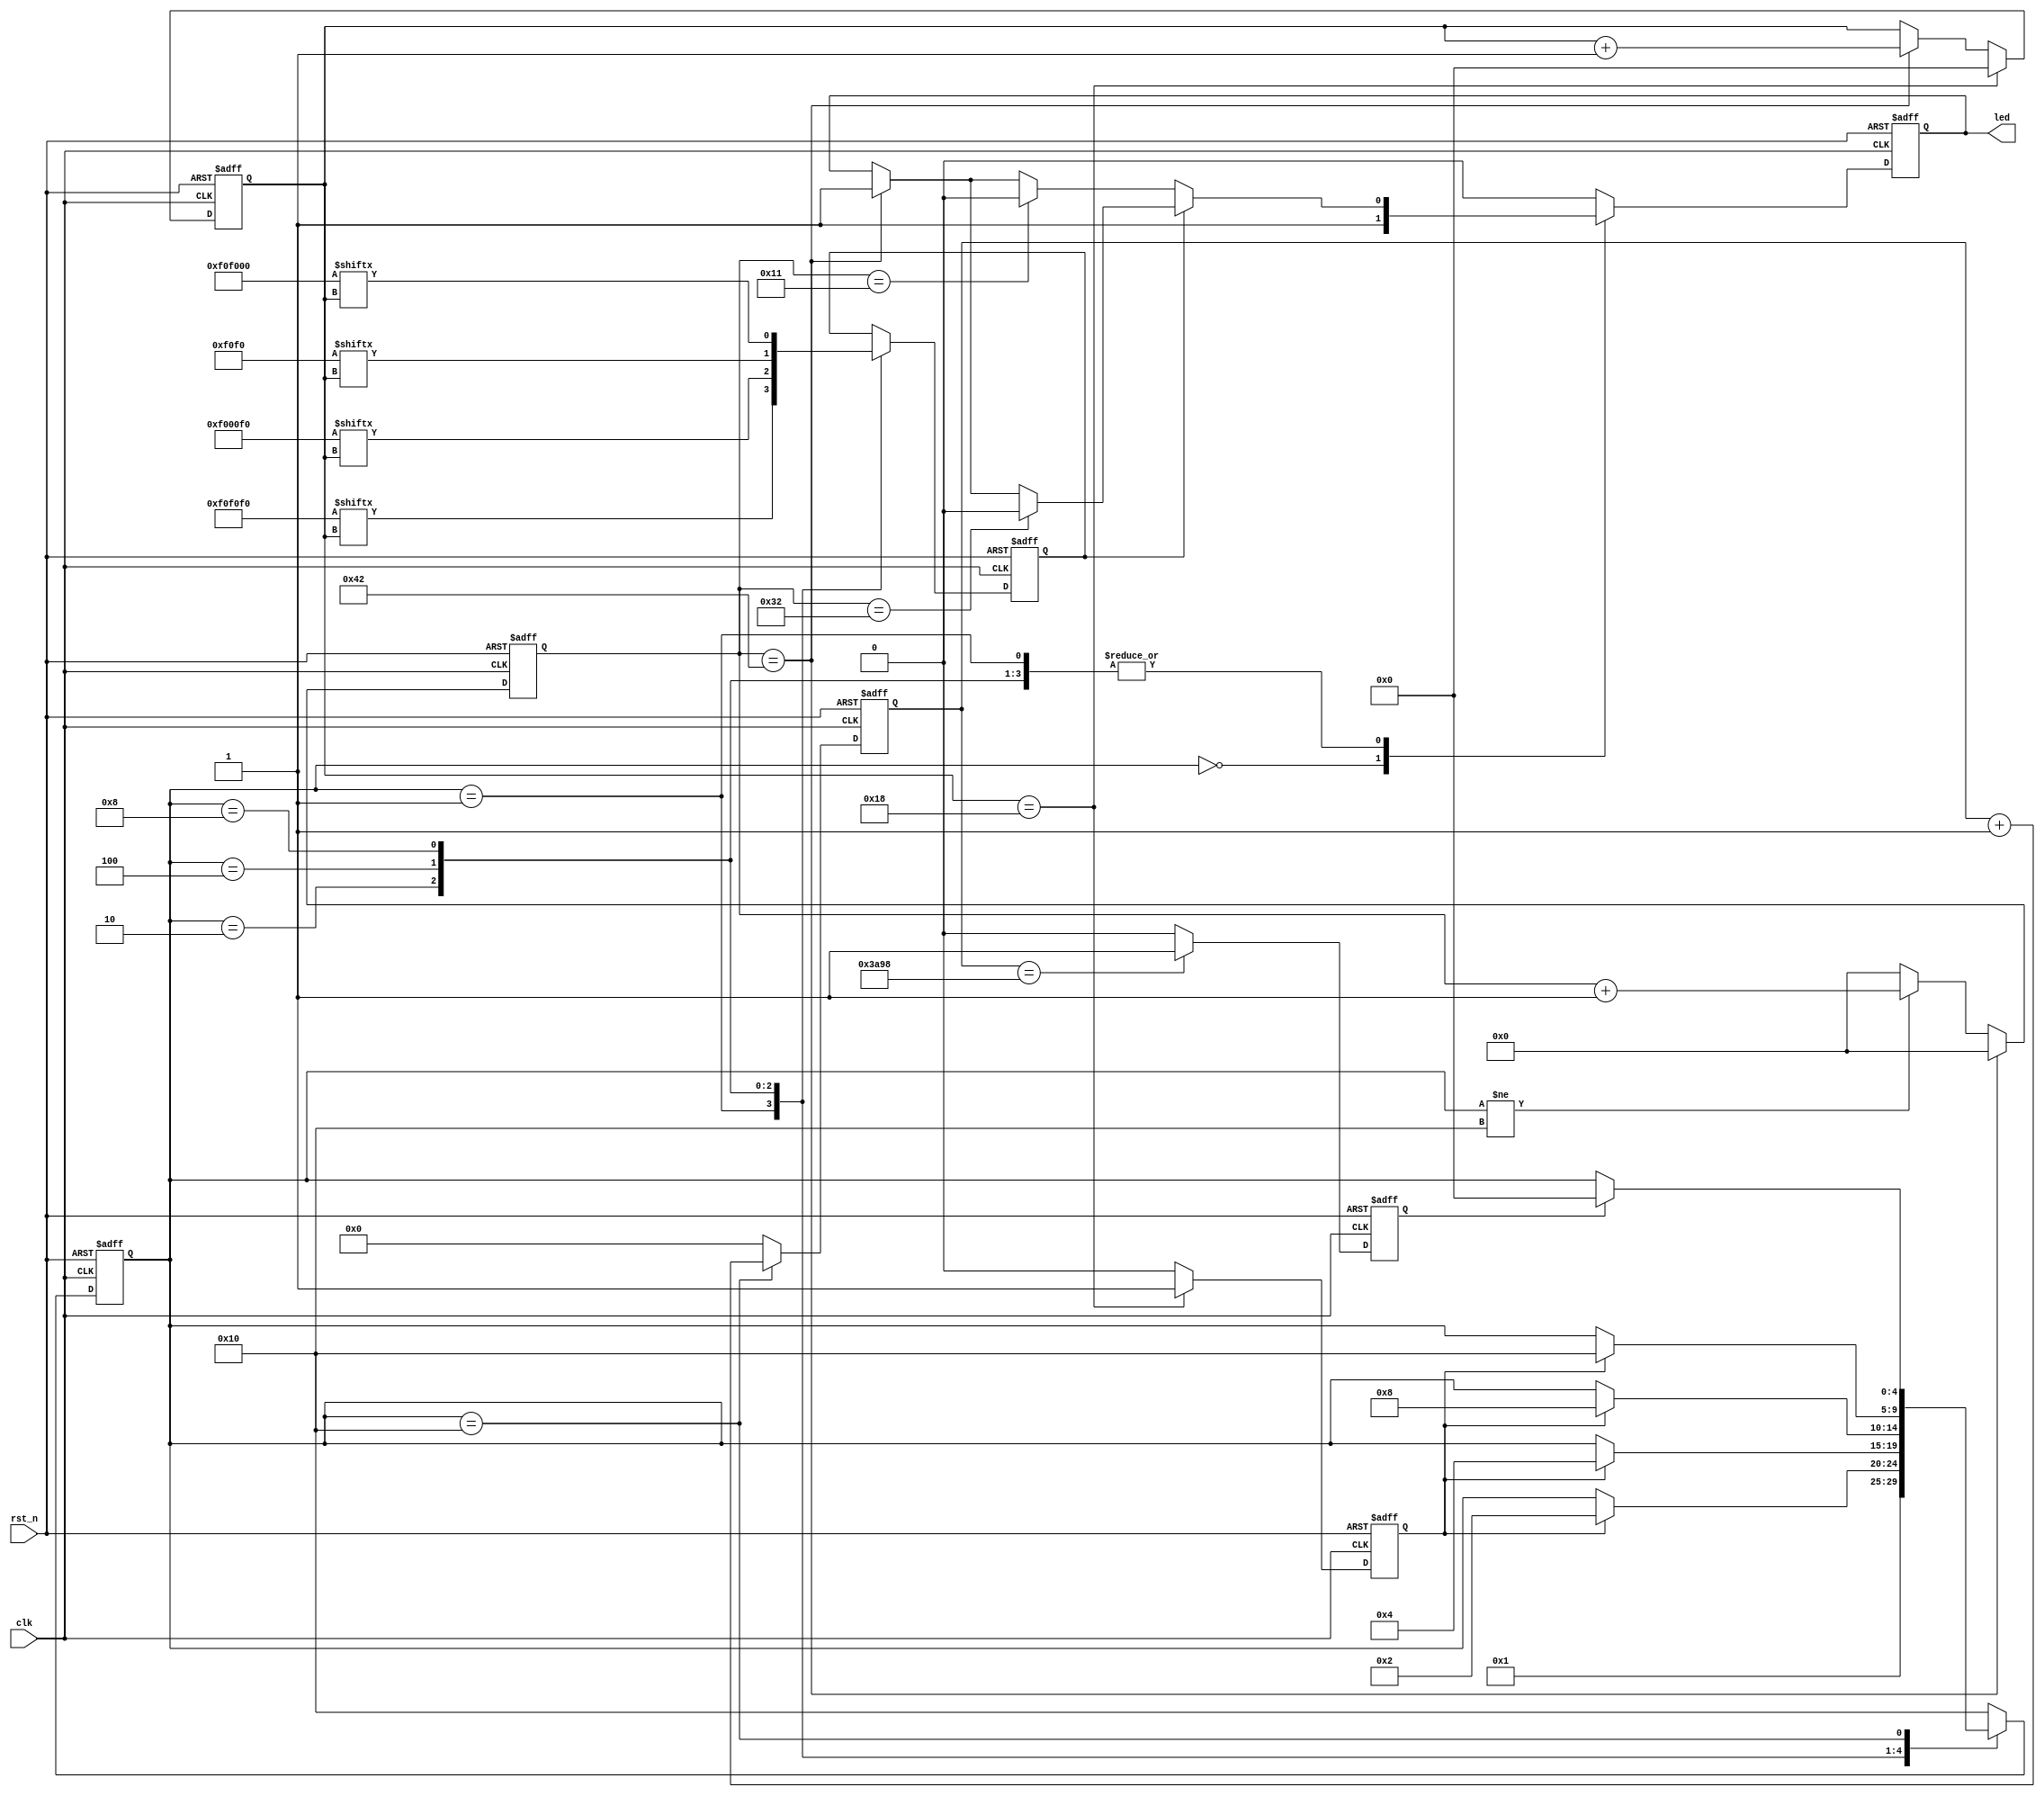
`timescale 1ns / 1ps

module ws2812_ctrl (
    input  clk,
    input  rst_n,
    output led
);

  //clk 50M
  parameter T0H = 6'd17;
  parameter T0L = 6'd50;
  parameter T1H = 6'd50;
  parameter T1L = 6'd17;
  parameter RST = 14'd15000;

  parameter LED_1 = 25'b0_1111_0000_1111_0000_1111_0000;
  parameter LED_2 = 25'b0_1111_0000_0000_0000_1111_0000;
  parameter LED_3 = 25'b0_0000_0000_1111_0000_1111_0000;
  parameter LED_4 = 25'b0_1111_0000_1111_0000_0000_0000;
  parameter IDLE = 5'b0000;
  parameter LED1 = 5'b0001;
  parameter LED2 = 5'b0010;
  parameter LED3 = 5'b0100;
  parameter LED4 = 5'b1000;
  parameter RST_FSM = 5'b1_0000;

  reg [ 4:0] state;
  reg [ 4:0] state_n;
  reg [ 6:0] cycle_cnt;
  reg        led_pwm;
  reg        shift;
  reg        state_tran;
  reg        state_tran_rst;
  reg [13:0] rst_cnt;
  reg [ 4:0] bit_cnt;

  always @(posedge clk or negedge rst_n) begin
    if (!rst_n) cycle_cnt <= 7'd0;
    else if (cycle_cnt == (T0H + T0L - 6'd1)) cycle_cnt <= 7'd0;
    else if (state != RST_FSM) cycle_cnt <= cycle_cnt + 1'b1;
    else cycle_cnt <= 7'd0;
  end

  //FSM 1
  always @(posedge clk or negedge rst_n) begin
    if (!rst_n) state <= IDLE;
    else state <= state_n;
  end

  //FSM 2
  always @(posedge clk or negedge rst_n) begin
    if (!rst_n) begin
      led_pwm <= 1'b0;
      shift   <= 1'b0;
    end else begin
      case (state)
        IDLE: begin
          led_pwm <= 1'b1;
        end
        LED1: begin
          shift <= LED_1[bit_cnt];
          if (shift == 1'b1) begin
            if (cycle_cnt == T1H) led_pwm <= 1'b0;
            else if (cycle_cnt == (T1H + T0H - 6'd1)) led_pwm <= 1'b1;
            else led_pwm <= led_pwm;
          end else begin
            if (cycle_cnt == T0H) led_pwm <= 1'b0;
            else if (cycle_cnt == (T1H + T0H - 6'd1)) led_pwm <= 1'b1;
            else led_pwm <= led_pwm;
          end
        end
        LED2: begin
          shift <= LED_2[bit_cnt];
          if (shift == 1'b1) begin
            if (cycle_cnt == T1H) led_pwm <= 1'b0;
            else if (cycle_cnt == (T1H + T0H - 6'd1)) led_pwm <= 1'b1;
            else led_pwm <= led_pwm;
          end else begin
            if (cycle_cnt == T0H) led_pwm <= 1'b0;
            else if (cycle_cnt == (T1H + T0H - 6'd1)) led_pwm <= 1'b1;
            else led_pwm <= led_pwm;
          end
        end
        LED3: begin
          shift <= LED_3[bit_cnt];
          if (shift == 1'b1) begin
            if (cycle_cnt == T1H) led_pwm <= 1'b0;
            else if (cycle_cnt == (T1H + T0H - 6'd1)) led_pwm <= 1'b1;
            else led_pwm <= led_pwm;
          end else begin
            if (cycle_cnt == T0H) led_pwm <= 1'b0;
            else if (cycle_cnt == (T1H + T0H - 6'd1)) led_pwm <= 1'b1;
            else led_pwm <= led_pwm;
          end
        end
        LED4: begin
          shift <= LED_4[bit_cnt];
          if (shift == 1'b1) begin
            if (cycle_cnt == T1H) led_pwm <= 1'b0;
            else if (cycle_cnt == (T1H + T0H - 6'd1)) led_pwm <= 1'b1;
            else led_pwm <= led_pwm;
          end else begin
            if (cycle_cnt == T0H) led_pwm <= 1'b0;
            else if (cycle_cnt == (T1H + T0H - 6'd1)) led_pwm <= 1'b1;
            else led_pwm <= led_pwm;
          end
        end
        RST_FSM: begin
          led_pwm <= 1'b0;
        end

        default: begin
          led_pwm <= 1'b0;
        end
      endcase
    end
  end

  assign led = led_pwm;
  //FSM 3
  always @(*) begin
    case (state)
      IDLE:    state_n = LED1;
      LED1: begin
        if (state_tran) state_n = LED2;
        else state_n = state;
      end
      LED2: begin
        if (state_tran) state_n = LED3;
        else state_n = state;
      end
      LED3: begin
        if (state_tran) state_n = LED4;
        else state_n = state;
      end
      LED4: begin
        if (state_tran) state_n = RST_FSM;
        else state_n = state;
      end
      RST_FSM: begin
        if (state_tran_rst) state_n = IDLE;
        else state_n = state;
      end
      default: state_n = RST_FSM;
    endcase
  end

  always @(posedge clk or negedge rst_n) begin
    if (!rst_n) begin
      bit_cnt    <= 5'd0;
      state_tran <= 1'b0;
    end else if (bit_cnt == 5'd24) begin
      bit_cnt    <= 5'd0;
      state_tran <= 1'b1;
    end else if (cycle_cnt == (T0H + T0L - 6'd1)) begin
      bit_cnt    <= bit_cnt + 1'b1;
      state_tran <= 1'b0;
    end else begin
      bit_cnt    <= bit_cnt;
      state_tran <= 1'b0;
    end
  end

  always @(posedge clk or negedge rst_n) begin
    if (!rst_n) rst_cnt <= 14'd0;
    else if (state == RST_FSM) rst_cnt <= rst_cnt + 1'b1;
    else rst_cnt <= 14'd0;
  end

  always @(posedge clk or negedge rst_n) begin
    if (!rst_n) state_tran_rst <= 1'b0;
    else if (rst_cnt == RST) state_tran_rst <= 1'b1;
    else state_tran_rst <= 1'b0;
  end
endmodule